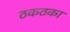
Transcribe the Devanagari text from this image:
ठकठका